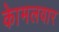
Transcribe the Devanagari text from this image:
काेमलवार